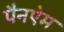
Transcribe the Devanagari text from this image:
पैनऐम